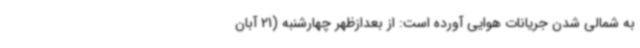
به شمالی شدن جریانات هوایی آورده است: از بعدازظهر چهارشنبه (21 آبان